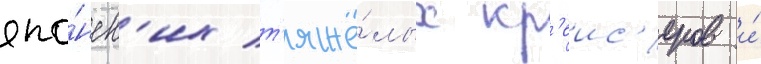
япо́нск'их т'яжё́лых кр'еис'еров и́